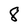
Character: 8